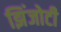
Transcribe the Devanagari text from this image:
झिंजोटी